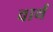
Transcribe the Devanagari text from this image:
वार्थ